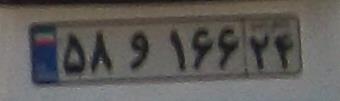
۵۸و۱۶۶۲۴